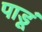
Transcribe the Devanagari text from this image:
पाडूं